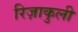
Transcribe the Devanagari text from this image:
रिज़ाकुली